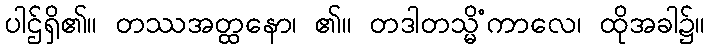
ပါဌ်ရှိ၏။ တဿအတ္ထနော၊ ၏။ တဒါတသ္မိံကာလေ၊ ထိုအခါ၌။